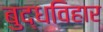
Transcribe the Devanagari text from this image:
बुद्धविहार